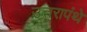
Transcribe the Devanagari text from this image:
उत्तरापंथे